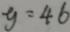
y = 4 6